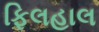
ફિલહાલ